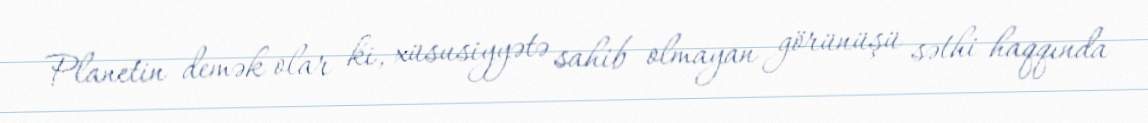
Planetin demək olar ki, xüsusiyyətə sahib olmayan görünüşü səthi haqqında